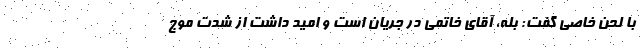
با لحن خاصی گفت: بله، آقای خاتمی در جریان است و امید داشت از شدت موج